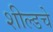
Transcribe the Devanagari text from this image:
शील्डचे